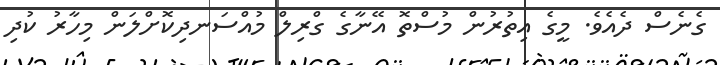
ގެނެސް ދެއެވެ. މީގެ އިތުރުން މުސްތޮ އޭނާގެ ގްރިލް މުއްސަނދިކޮށްލަން މިހާރު ކުދި